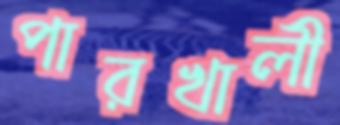
পারখালী